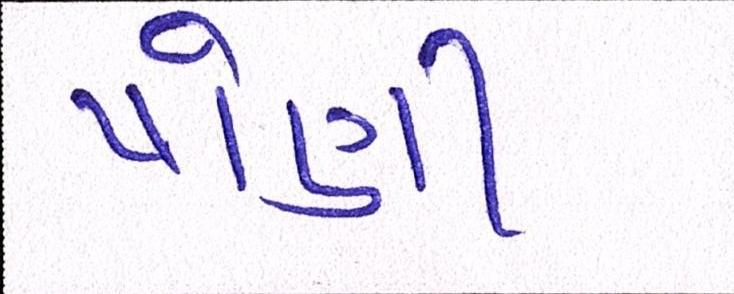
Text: પોંણી